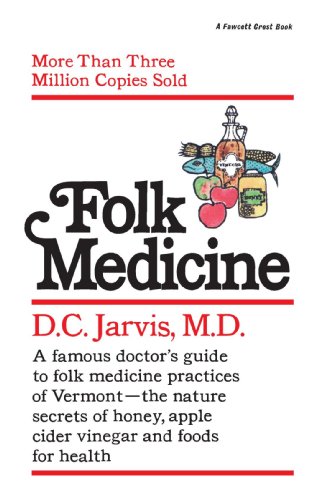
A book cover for Folk Medicine: A New England Almanac of Natural Health Care from a Noted Vermont Country Doctor; D.C. Jarvis M.D.; Health, Fitness & Dieting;